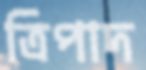
ত্রিপাদ